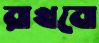
রাখবো